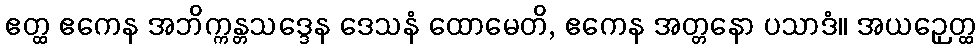
ဧတ္ထ ဧကေန အဘိက္ကန္တသဒ္ဒေန ဒေသနံ ထောမေတိ, ဧကေန အတ္တနော ပသာဒံ။ အယဉှေတ္ထ